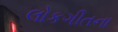
લોકગીતના